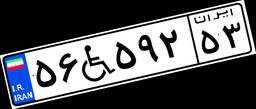
۶۰W۲۲۵۵۷